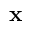
{ \bf x }